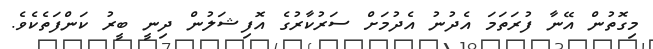
މިގޮތުން އޭނާ ފުރަތަމަ އެދުނު އެދުމަށް ސަރުކާރުގެ އޮފިޝަލުން ދިނީ ބީރު ކަންފަތެކެވެ.